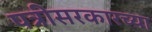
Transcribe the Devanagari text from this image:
पत्रीसरकारच्या